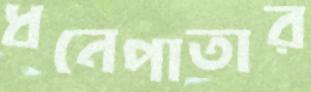
ধনেপাতার